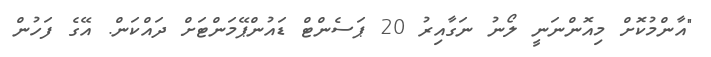
"އާންމުކޮށް މިއޮންނަނީ ލޯނު ނަގާއިރު 20 ޕަސެންޓް ޑައުންޕޭމަންޓަށް ދައްކަން. އޭގެ ފަހުން